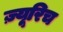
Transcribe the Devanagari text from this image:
ज़्यूरिच